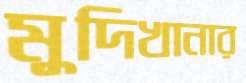
মুদিখানার